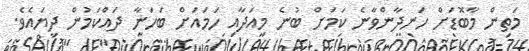
މަތިން މާބޮޑަށް ހަނދާންވާނެ ކަމަށް ބުނެ މިއަދާއި ހަމައަށް ބަހަނާ ދައްކަމުން ދިޔައެވެ.